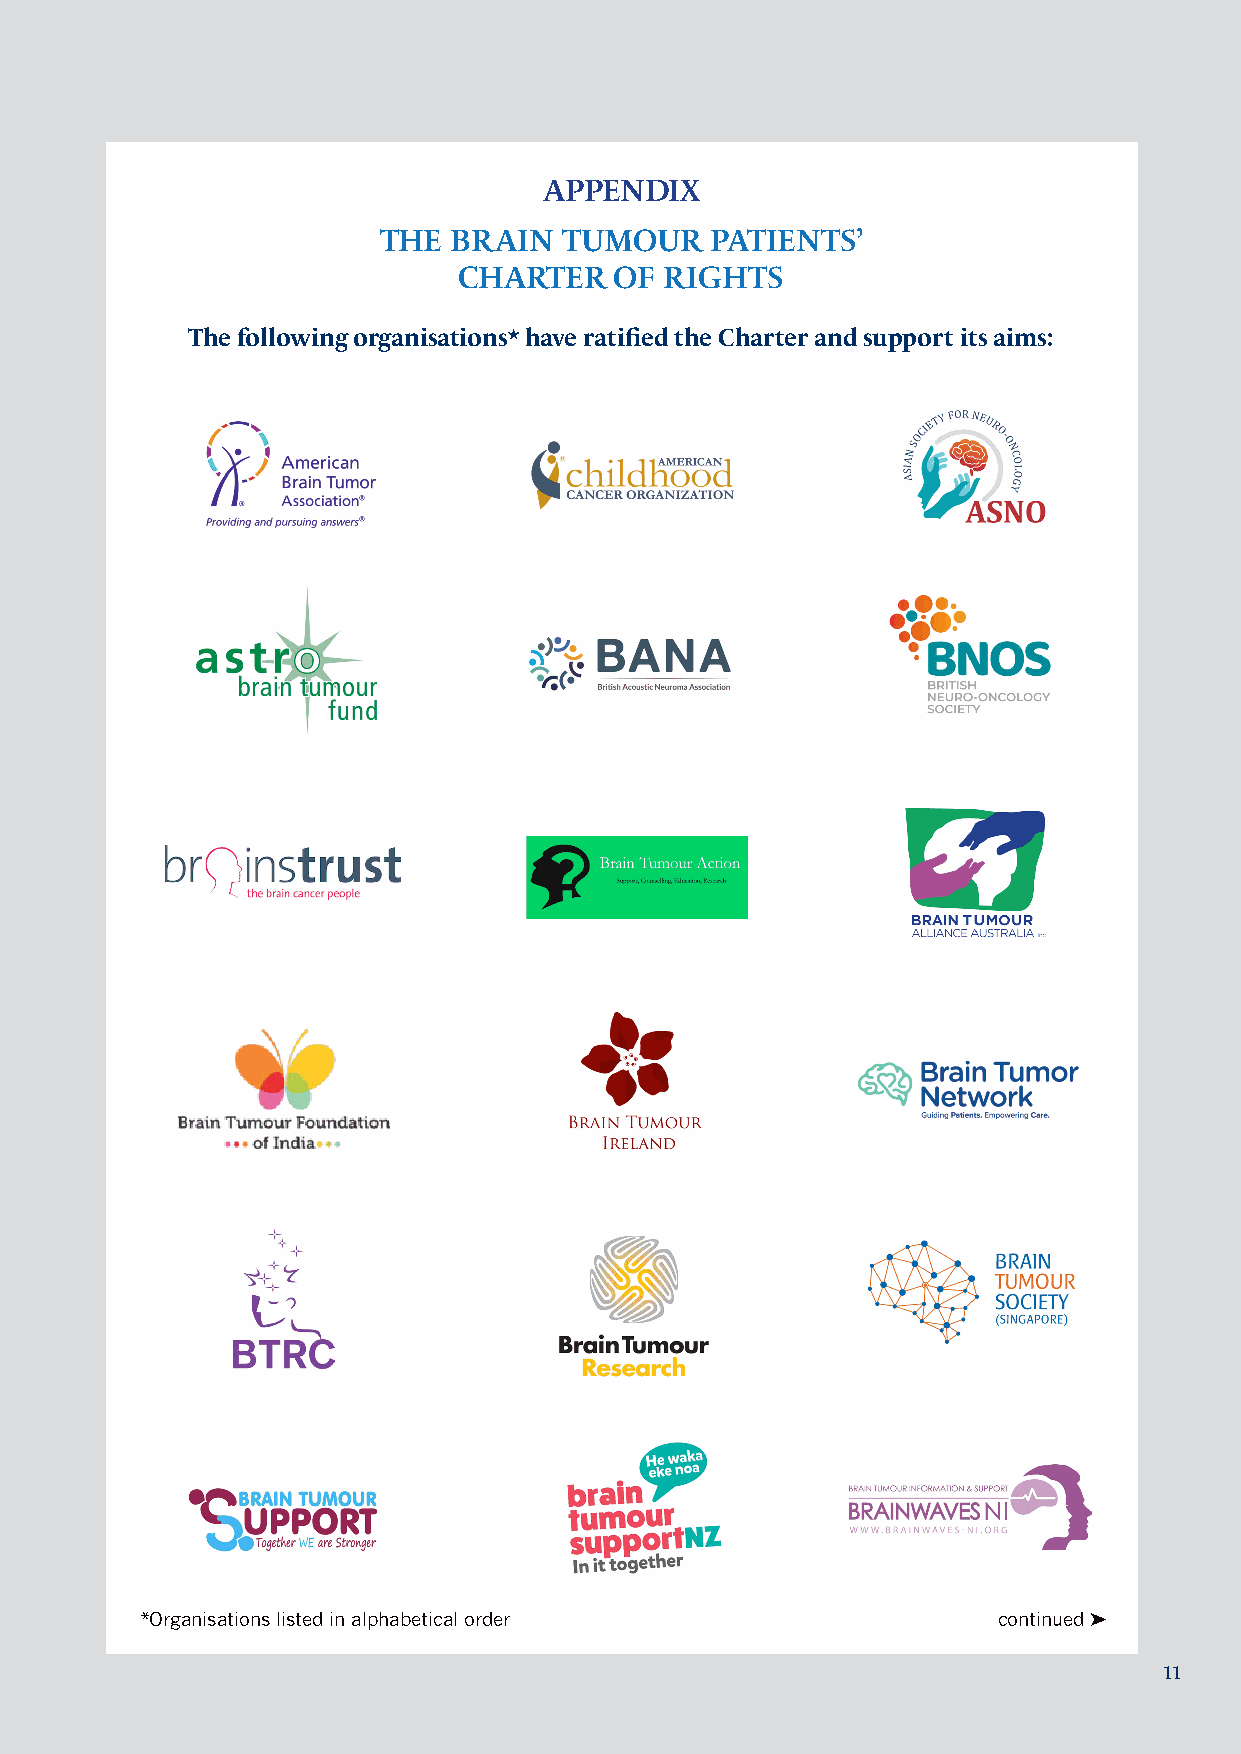
APPENDIX
 THE  BRAIN  TUMOUR    PATIENTS’
 CHARTER    OF RIGHTS
 The following organisations* have ratified the Charter and support its aims:
 *Organisations listed in alphabetical order              continued ➤
 11